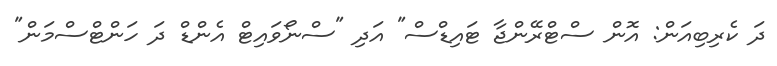
ދަ ކެރިބިއަން: އޮން ސްޓްރޭންޖާ ޓައިޑްސް" އަދި "ސްނޯވައިޓް އެންޑް ދަ ހަންޓްސްމަން"